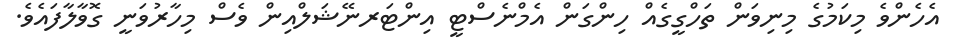
އެހެންވެ މިކަމުގެ މިނިވަން ތަހްގީގެއް ހިންގަން އެމްނެސްޓީ އިންޓަރނޭޝަލްއިން ވެސް މިހާރުވަނީ ގޮވާލާފައެވެ.